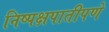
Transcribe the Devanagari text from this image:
निष्पक्षपातीपणे